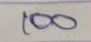
100